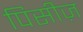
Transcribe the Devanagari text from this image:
पिसीज़